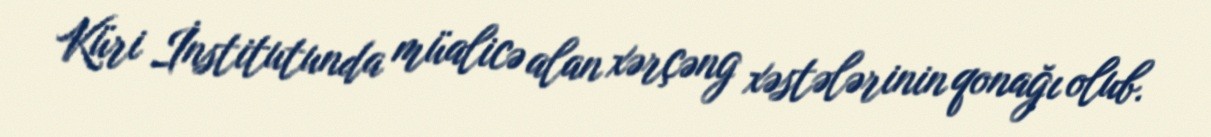
Küri İnstitutunda müalicə alan xərçəng xəstələrinin qonağı olub.